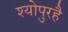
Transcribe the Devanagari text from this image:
श्योपुरहै